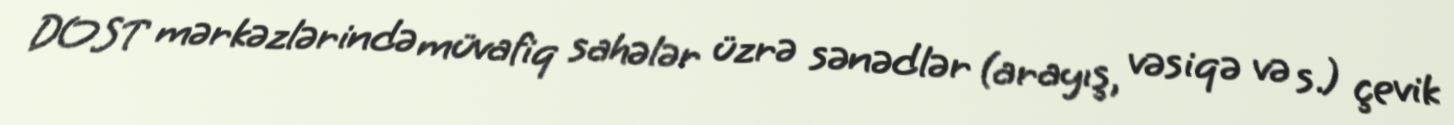
DOST mərkəzlərində müvafiq sahələr üzrə sənədlər (arayış, vəsiqə və s.) çevik